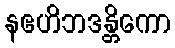
နဧဟိဘဒန္တိကော